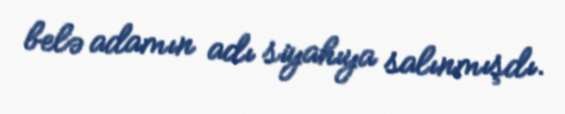
belə adamın adı siyahıya salınmışdı.